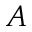
A